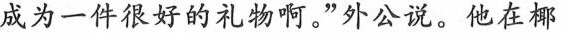
成为一件很好的礼物啊。”外公说。他在椰